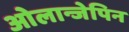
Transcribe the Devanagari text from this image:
ओलान्जेपिन